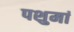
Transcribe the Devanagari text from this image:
पशुमां